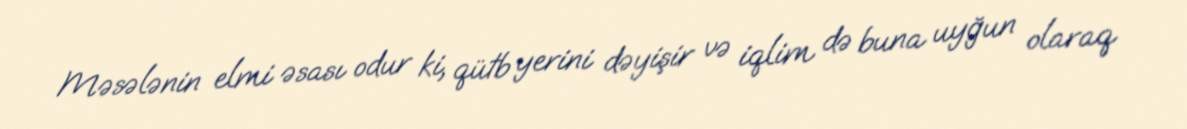
Məsələnin elmi əsası odur ki, qütb yerini dəyişir və iqlim də buna uyğun olaraq